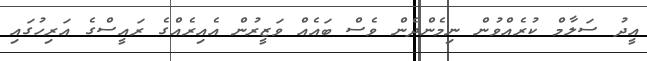
އީދު ސަލާމް ކުރެއްވުން ނިމެންދެން ވެސް ބައެއް ވަޒީރުން އެއިރެއްގެ ރައީސްގެ އަރިހުގައި